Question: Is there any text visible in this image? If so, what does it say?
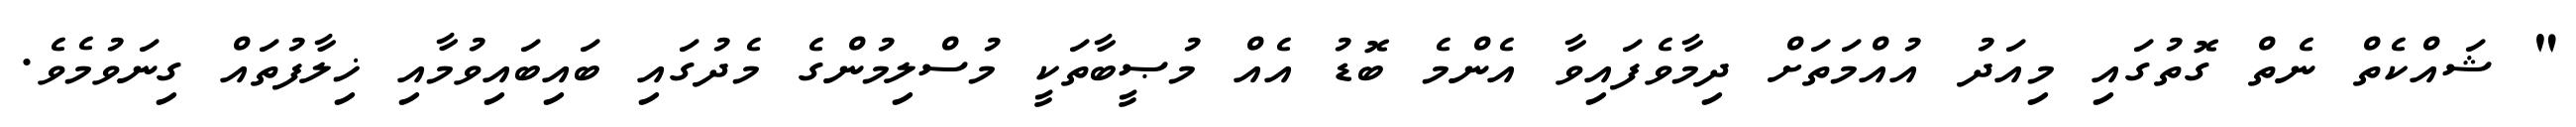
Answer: " ޝައްކެތް ނެތް ގޮތުގައި މިއަދު އުއްމަތަށް ދިމާވެފައިވާ އެންމެ ބޮޑު އެއް މުޞީބާތަކީ މުސްލިމުންގެ މެދުގައި ބައިބައިވުމާއި ޚިލާފުތައް ގިނަވުމެވެ.